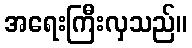
အရေးကြီးလှသည်။